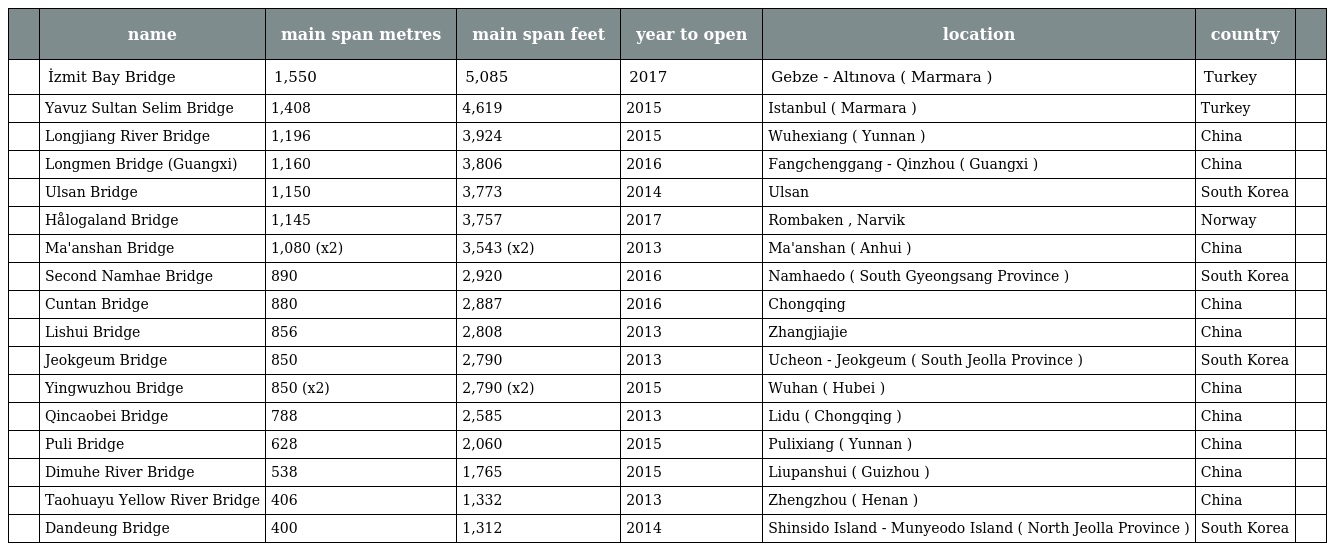
|  | name | main span metres | main span feet | year to open | location | country |  |
 | --- | --- | --- | --- | --- | --- | --- | --- |
 |  | İzmit Bay Bridge | 1,550 | 5,085 | 2017 | Gebze - Altınova ( Marmara ) | Turkey |  |
 |  | Yavuz Sultan Selim Bridge | 1,408 | 4,619 | 2015 | Istanbul ( Marmara ) | Turkey |  |
 |  | Longjiang River Bridge | 1,196 | 3,924 | 2015 | Wuhexiang ( Yunnan ) | China |  |
 |  | Longmen Bridge (Guangxi) | 1,160 | 3,806 | 2016 | Fangchenggang - Qinzhou ( Guangxi ) | China |  |
 |  | Ulsan Bridge | 1,150 | 3,773 | 2014 | Ulsan | South Korea |  |
 |  | Hålogaland Bridge | 1,145 | 3,757 | 2017 | Rombaken , Narvik | Norway |  |
 |  | Ma'anshan Bridge | 1,080 (x2) | 3,543 (x2) | 2013 | Ma'anshan ( Anhui ) | China |  |
 |  | Second Namhae Bridge | 890 | 2,920 | 2016 | Namhaedo ( South Gyeongsang Province ) | South Korea |  |
 |  | Cuntan Bridge | 880 | 2,887 | 2016 | Chongqing | China |  |
 |  | Lishui Bridge | 856 | 2,808 | 2013 | Zhangjiajie | China |  |
 |  | Jeokgeum Bridge | 850 | 2,790 | 2013 | Ucheon - Jeokgeum ( South Jeolla Province ) | South Korea |  |
 |  | Yingwuzhou Bridge | 850 (x2) | 2,790 (x2) | 2015 | Wuhan ( Hubei ) | China |  |
 |  | Qincaobei Bridge | 788 | 2,585 | 2013 | Lidu ( Chongqing ) | China |  |
 |  | Puli Bridge | 628 | 2,060 | 2015 | Pulixiang ( Yunnan ) | China |  |
 |  | Dimuhe River Bridge | 538 | 1,765 | 2015 | Liupanshui ( Guizhou ) | China |  |
 |  | Taohuayu Yellow River Bridge | 406 | 1,332 | 2013 | Zhengzhou ( Henan ) | China |  |
 |  | Dandeung Bridge | 400 | 1,312 | 2014 | Shinsido Island - Munyeodo Island ( North Jeolla Province ) | South Korea |  |